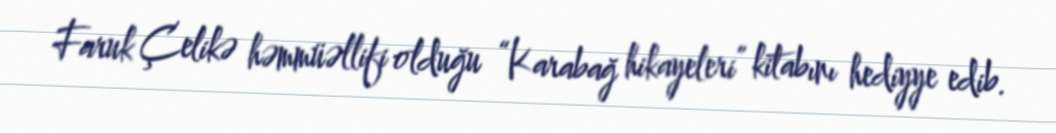
Faruk Çelikə həmmüəllifi olduğu “Karabağ hikayeleri” kitabını hediyye edib.